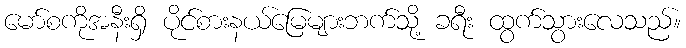
မော်စကိုအနီးရှိ ပိုင်စားနယ်မြေများဘက်သို့ ခရီး ထွက်သွားလေသည်။